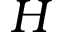
H